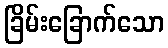
ခြိမ်းခြောက်သော